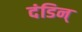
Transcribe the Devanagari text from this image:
दंडिन्